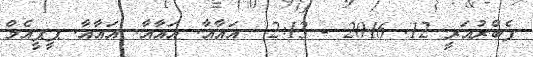
ފެބްރުއަރީ 12